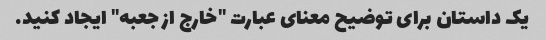
یک داستان برای توضیح معنای عبارت "خارج از جعبه" ایجاد کنید.